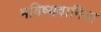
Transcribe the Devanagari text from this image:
भविष्यवानिया